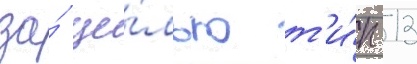
за́ це́лью т'и́п 13